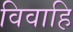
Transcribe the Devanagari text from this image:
विवाहि